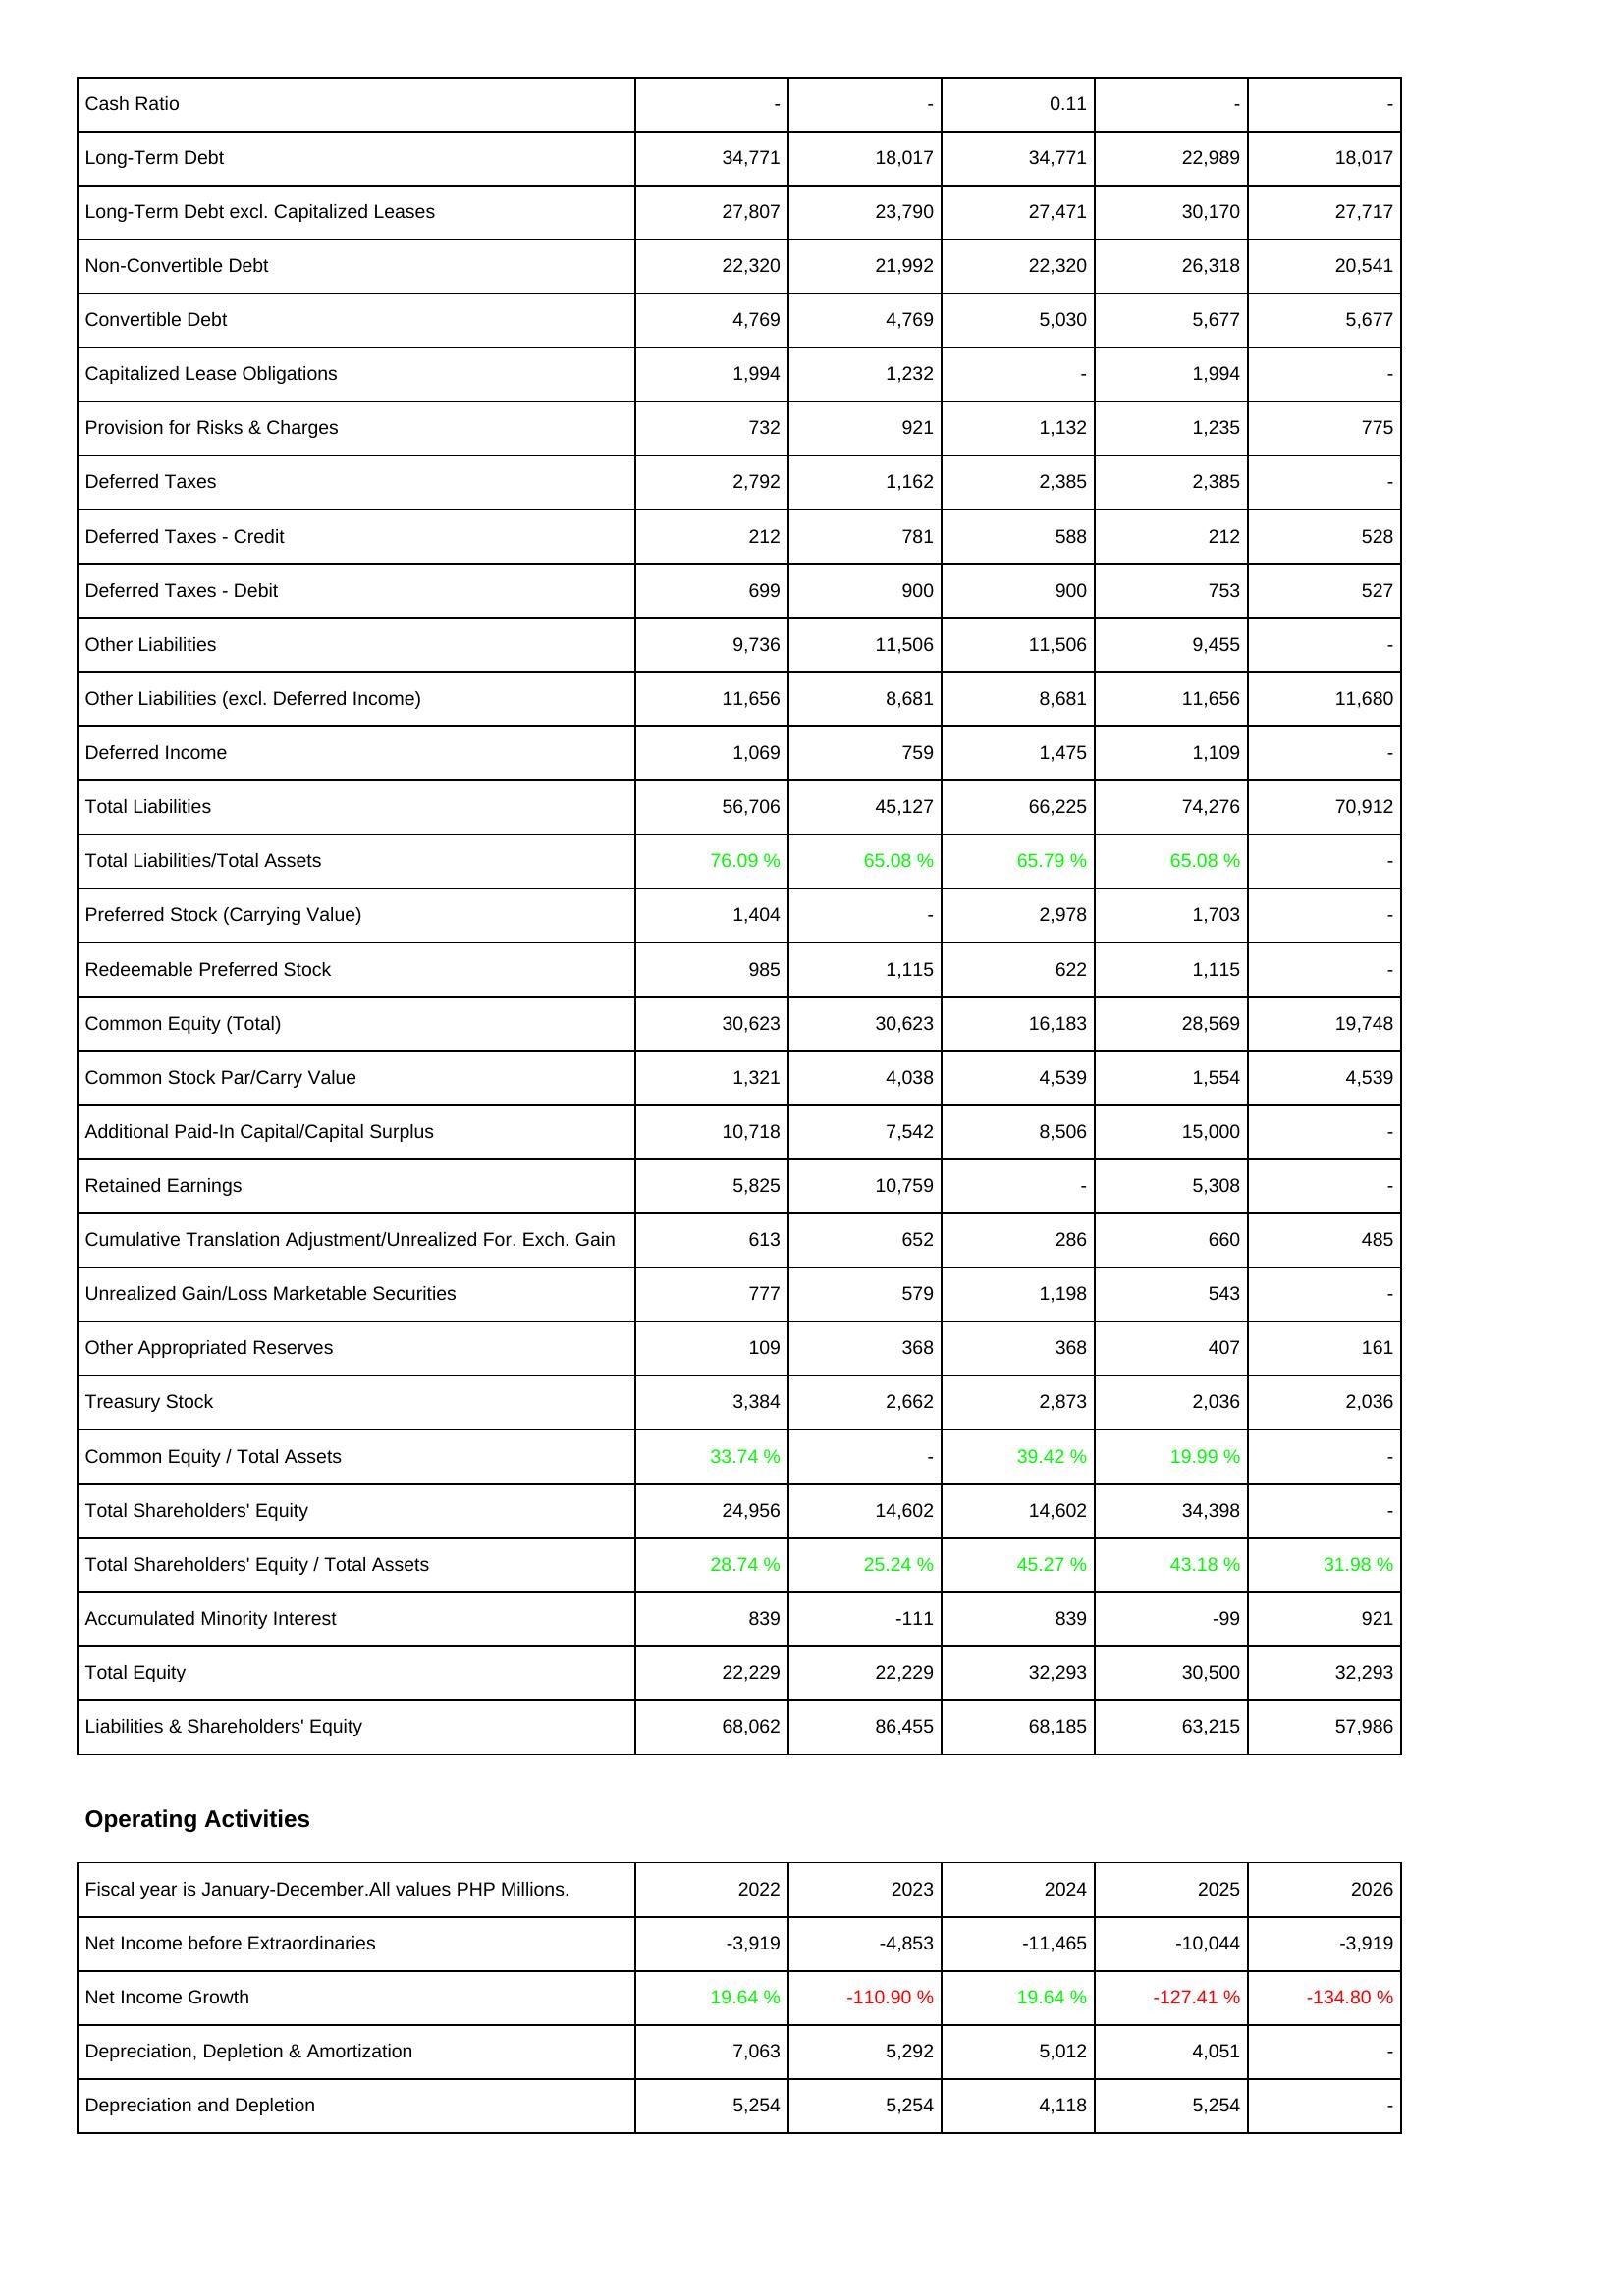
2022: Liabilities & Shareholders' Equity: Cash Ratio: -
Long-Term Debt: 34,771
Long-Term Debt excl. Capitalized Leases: 27,807
Non-Convertible Debt: 22,320
Convertible Debt: 4,769
Capitalized Lease Obligations: 1,994
Provision for Risks & Charges: 732
Deferred Taxes: 2,792
Deferred Taxes - Credit: 212
Deferred Taxes - Debit: 699
Other Liabilities: 9,736
Other Liabilities (excl. Deferred Income): 11,656
Deferred Income: 1,069
Total Liabilities: 56,706
Total Liabilities/Total Assets: 76.09 %
Preferred Stock (Carrying Value): 1,404
Redeemable Preferred Stock: 985
Common Equity (Total): 30,623
Common Stock Par/Carry Value: 1,321
Additional Paid-In Capital/Capital Surplus: 10,718
Retained Earnings: 5,825
Cumulative Translation Adjustment/Unrealized For. Exch. Gain: 613
Unrealized Gain/Loss Marketable Securities: 777
Other Appropriated Reserves: 109
Treasury Stock: 3,384
Common Equity / Total Assets: 33.74 %
Total Shareholders' Equity: 24,956
Total Shareholders' Equity / Total Assets: 28.74 %
Accumulated Minority Interest: 839
Total Equity: 22,229
Liabilities & Shareholders' Equity: 68,062
Operating Activities: Net Income before Extraordinaries: -3,919
Net Income Growth: 19.64 %
Depreciation, Depletion & Amortization: 7,063
Depreciation and Depletion: 5,254
2023: Liabilities & Shareholders' Equity: Cash Ratio: -
Long-Term Debt: 18,017
Long-Term Debt excl. Capitalized Leases: 23,790
Non-Convertible Debt: 21,992
Convertible Debt: 4,769
Capitalized Lease Obligations: 1,232
Provision for Risks & Charges: 921
Deferred Taxes: 1,162
Deferred Taxes - Credit: 781
Deferred Taxes - Debit: 900
Other Liabilities: 11,506
Other Liabilities (excl. Deferred Income): 8,681
Deferred Income: 759
Total Liabilities: 45,127
Total Liabilities/Total Assets: 65.08 %
Preferred Stock (Carrying Value): -
Redeemable Preferred Stock: 1,115
Common Equity (Total): 30,623
Common Stock Par/Carry Value: 4,038
Additional Paid-In Capital/Capital Surplus: 7,542
Retained Earnings: 10,759
Cumulative Translation Adjustment/Unrealized For. Exch. Gain: 652
Unrealized Gain/Loss Marketable Securities: 579
Other Appropriated Reserves: 368
Treasury Stock: 2,662
Common Equity / Total Assets: -
Total Shareholders' Equity: 14,602
Total Shareholders' Equity / Total Assets: 25.24 %
Accumulated Minority Interest: -111
Total Equity: 22,229
Liabilities & Shareholders' Equity: 86,455
Operating Activities: Net Income before Extraordinaries: -4,853
Net Income Growth: -110.90 %
Depreciation, Depletion & Amortization: 5,292
Depreciation and Depletion: 5,254
2024: Liabilities & Shareholders' Equity: Cash Ratio: 0.11
Long-Term Debt: 34,771
Long-Term Debt excl. Capitalized Leases: 27,471
Non-Convertible Debt: 22,320
Convertible Debt: 5,030
Capitalized Lease Obligations: -
Provision for Risks & Charges: 1,132
Deferred Taxes: 2,385
Deferred Taxes - Credit: 588
Deferred Taxes - Debit: 900
Other Liabilities: 11,506
Other Liabilities (excl. Deferred Income): 8,681
Deferred Income: 1,475
Total Liabilities: 66,225
Total Liabilities/Total Assets: 65.79 %
Preferred Stock (Carrying Value): 2,978
Redeemable Preferred Stock: 622
Common Equity (Total): 16,183
Common Stock Par/Carry Value: 4,539
Additional Paid-In Capital/Capital Surplus: 8,506
Retained Earnings: -
Cumulative Translation Adjustment/Unrealized For. Exch. Gain: 286
Unrealized Gain/Loss Marketable Securities: 1,198
Other Appropriated Reserves: 368
Treasury Stock: 2,873
Common Equity / Total Assets: 39.42 %
Total Shareholders' Equity: 14,602
Total Shareholders' Equity / Total Assets: 45.27 %
Accumulated Minority Interest: 839
Total Equity: 32,293
Liabilities & Shareholders' Equity: 68,185
Operating Activities: Net Income before Extraordinaries: -11,465
Net Income Growth: 19.64 %
Depreciation, Depletion & Amortization: 5,012
Depreciation and Depletion: 4,118
2025: Liabilities & Shareholders' Equity: Cash Ratio: -
Long-Term Debt: 22,989
Long-Term Debt excl. Capitalized Leases: 30,170
Non-Convertible Debt: 26,318
Convertible Debt: 5,677
Capitalized Lease Obligations: 1,994
Provision for Risks & Charges: 1,235
Deferred Taxes: 2,385
Deferred Taxes - Credit: 212
Deferred Taxes - Debit: 753
Other Liabilities: 9,455
Other Liabilities (excl. Deferred Income): 11,656
Deferred Income: 1,109
Total Liabilities: 74,276
Total Liabilities/Total Assets: 65.08 %
Preferred Stock (Carrying Value): 1,703
Redeemable Preferred Stock: 1,115
Common Equity (Total): 28,569
Common Stock Par/Carry Value: 1,554
Additional Paid-In Capital/Capital Surplus: 15,000
Retained Earnings: 5,308
Cumulative Translation Adjustment/Unrealized For. Exch. Gain: 660
Unrealized Gain/Loss Marketable Securities: 543
Other Appropriated Reserves: 407
Treasury Stock: 2,036
Common Equity / Total Assets: 19.99 %
Total Shareholders' Equity: 34,398
Total Shareholders' Equity / Total Assets: 43.18 %
Accumulated Minority Interest: -99
Total Equity: 30,500
Liabilities & Shareholders' Equity: 63,215
Operating Activities: Net Income before Extraordinaries: -10,044
Net Income Growth: -127.41 %
Depreciation, Depletion & Amortization: 4,051
Depreciation and Depletion: 5,254
2026: Liabilities & Shareholders' Equity: Cash Ratio: -
Long-Term Debt: 18,017
Long-Term Debt excl. Capitalized Leases: 27,717
Non-Convertible Debt: 20,541
Convertible Debt: 5,677
Capitalized Lease Obligations: -
Provision for Risks & Charges: 775
Deferred Taxes: -
Deferred Taxes - Credit: 528
Deferred Taxes - Debit: 527
Other Liabilities: -
Other Liabilities (excl. Deferred Income): 11,680
Deferred Income: -
Total Liabilities: 70,912
Total Liabilities/Total Assets: -
Preferred Stock (Carrying Value): -
Redeemable Preferred Stock: -
Common Equity (Total): 19,748
Common Stock Par/Carry Value: 4,539
Additional Paid-In Capital/Capital Surplus: -
Retained Earnings: -
Cumulative Translation Adjustment/Unrealized For. Exch. Gain: 485
Unrealized Gain/Loss Marketable Securities: -
Other Appropriated Reserves: 161
Treasury Stock: 2,036
Common Equity / Total Assets: -
Total Shareholders' Equity: -
Total Shareholders' Equity / Total Assets: 31.98 %
Accumulated Minority Interest: 921
Total Equity: 32,293
Liabilities & Shareholders' Equity: 57,986
Operating Activities: Net Income before Extraordinaries: -3,919
Net Income Growth: -134.80 %
Depreciation, Depletion & Amortization: -
Depreciation and Depletion: -